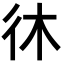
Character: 𫹎